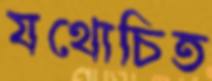
যথোচিত